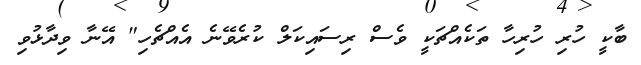
ބާކީ ހުރި ހުރިހާ ތަކެއްޗަކީ ވެސް ރިސައިކަލް ކުރެވޭނެ އެއްޗެހި" އޭނާ ވިދާޅުވި